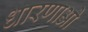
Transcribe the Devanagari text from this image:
धारणाओ